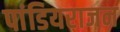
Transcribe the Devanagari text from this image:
पांडियराजन